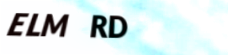
ELM RD